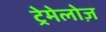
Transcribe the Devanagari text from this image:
ट्रेमेलोज़